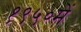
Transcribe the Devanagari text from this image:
१९५०में